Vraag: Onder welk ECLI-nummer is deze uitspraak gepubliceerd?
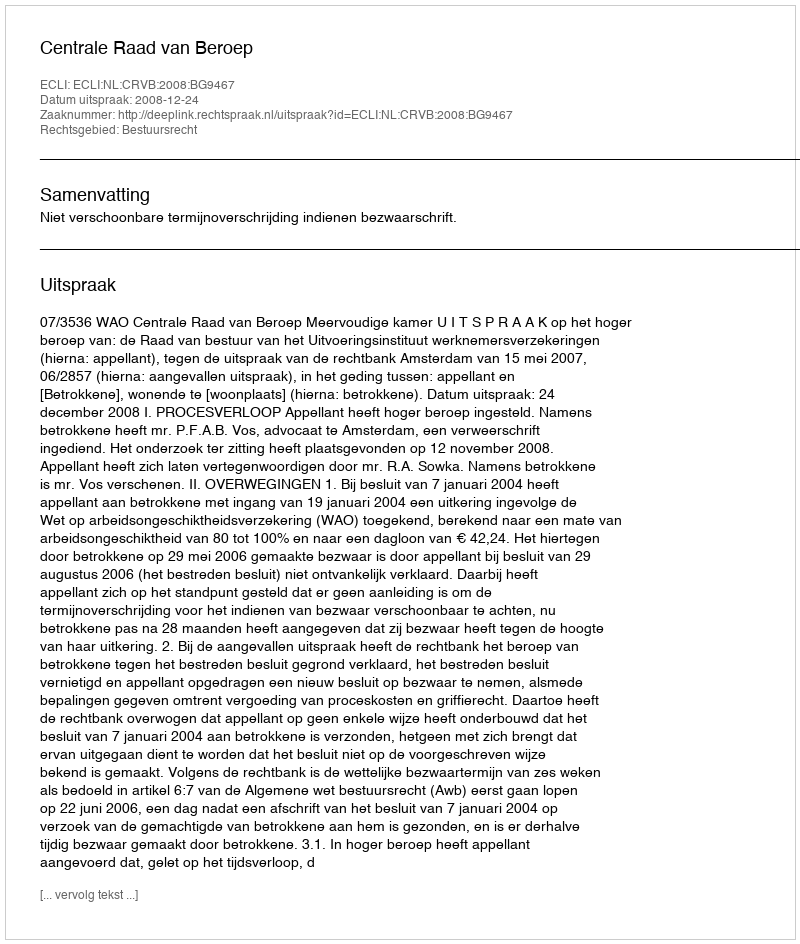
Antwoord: ECLI:NL:CRVB:2008:BG9467